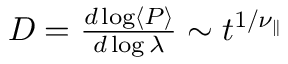
\begin{array} { r } { D = \frac { d \log \left\langle P \right\rangle } { d \log \lambda } \sim t ^ { 1 / \nu _ { \parallel } } } \end{array}